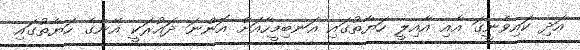
އަދި ކައިވެނީގަ އާއި އާއިލީ ހަޔާތުގައި އަނބިމީހާއަށް އޮންނަ ދައުރަކީ އޭނާގެ ހަޔާތުގައި